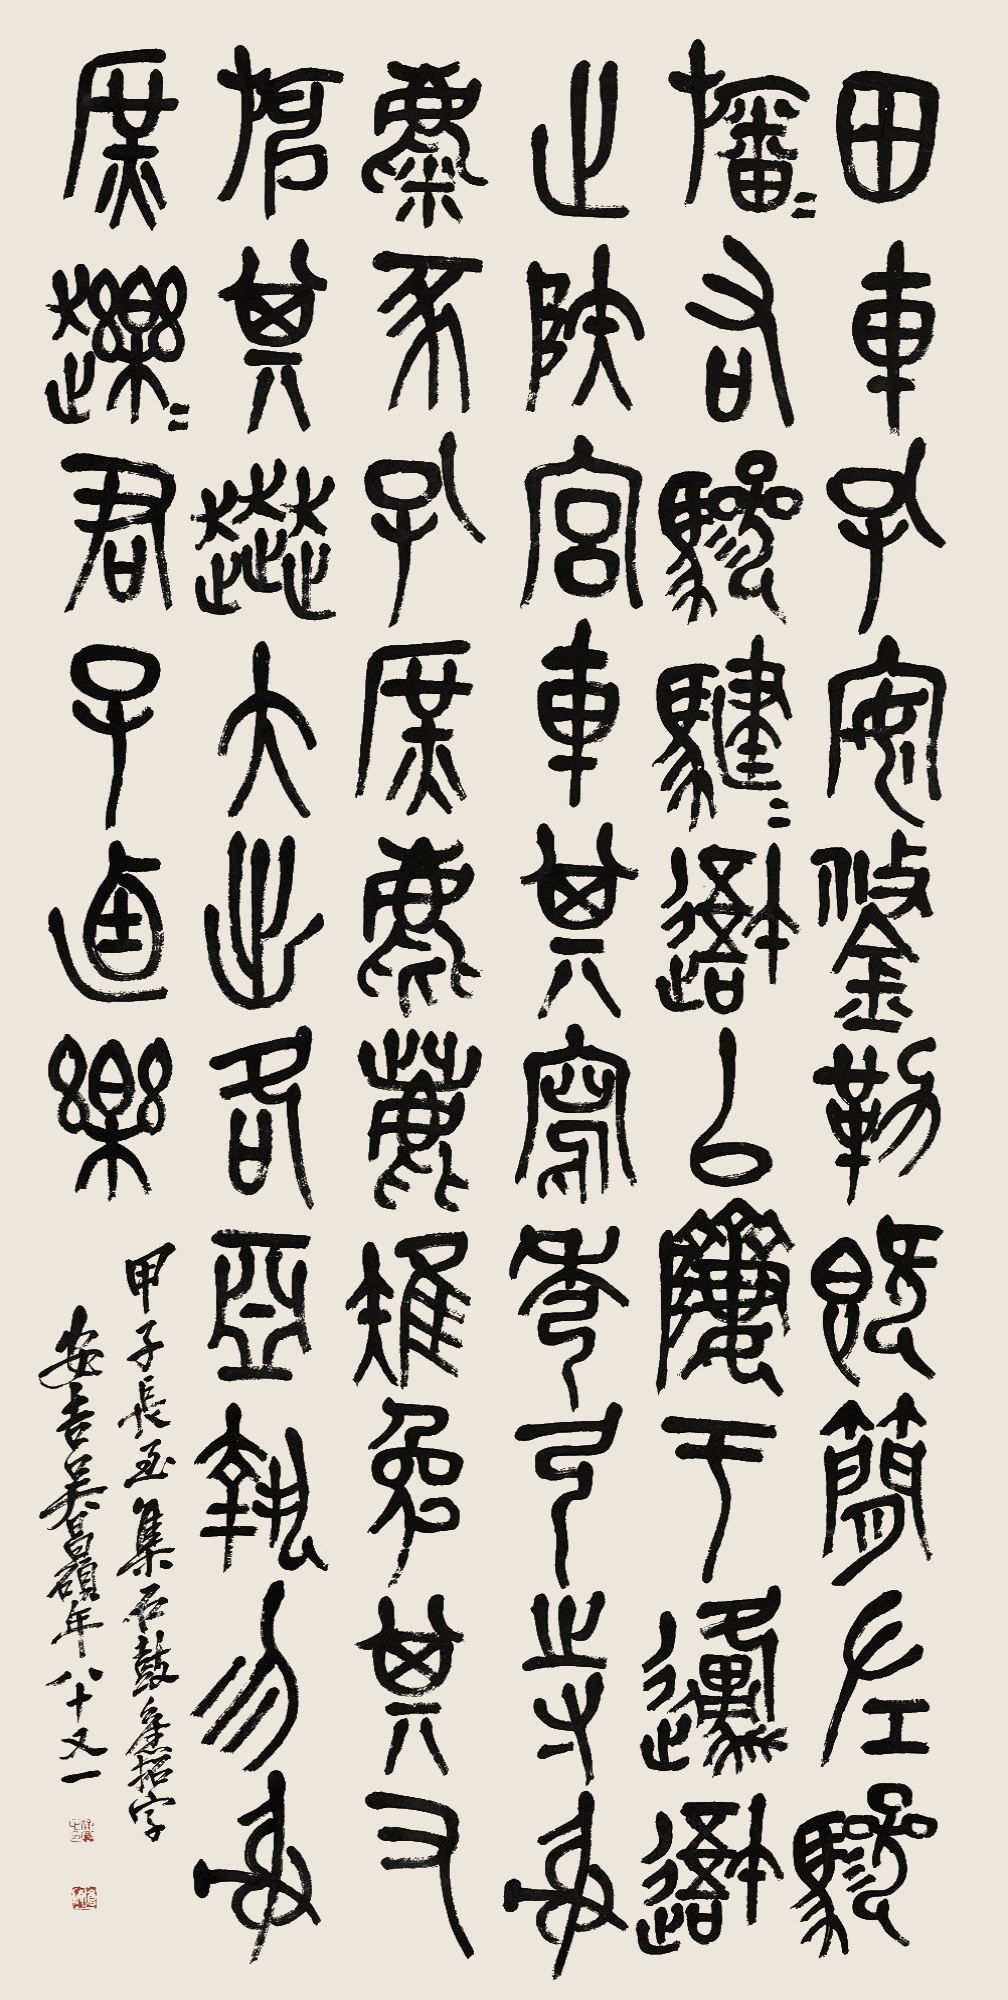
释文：田车孔安，鋚勒既简。左骖旛旛，右骖𩨃𩨃，吾以栖于原，吾止夷宫车其写，秀工持射，麋豕孔庶，麀鹿雉兔，其又绅其奔，大出各亚，执勿射庶轹轹，君子逌乐。甲子长至集石鼓旧拓字，安吉吴昌硕年八十又一。